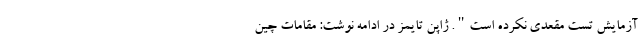
آزمایش تست مقعدی نکرده است". ژاپن تایمز در ادامه نوشت: مقامات چین